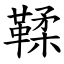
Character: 鞣